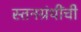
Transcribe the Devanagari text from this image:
स्तनग्रंथींची